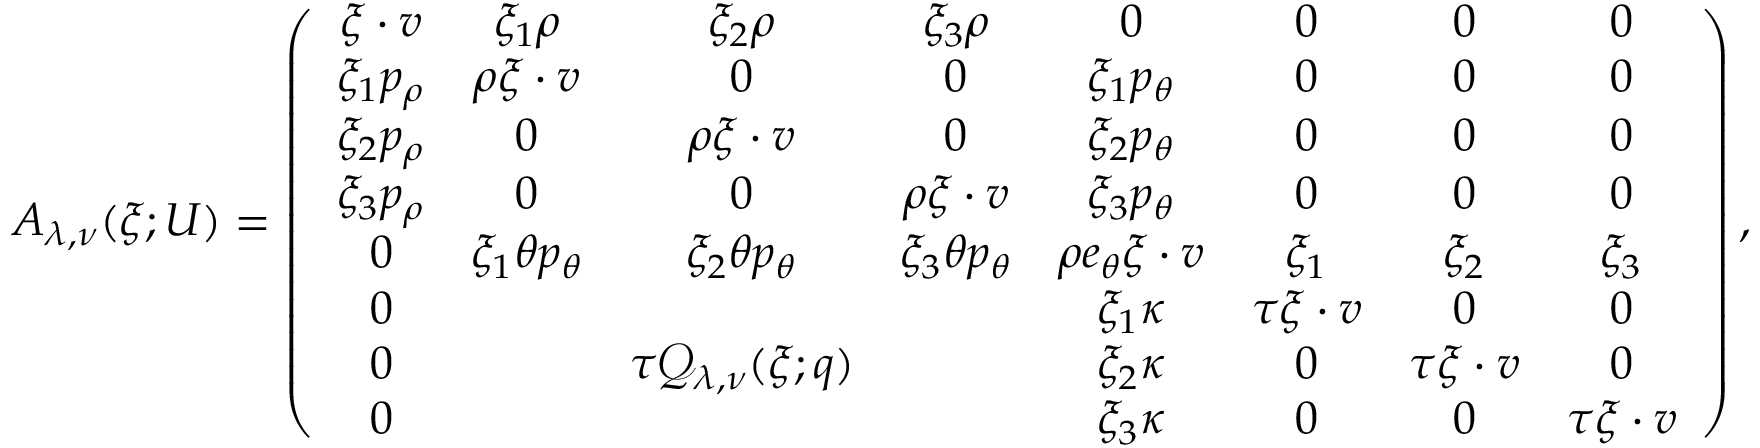
\begin{array} { r } { A _ { \lambda , \nu } ( \xi ; U ) = \left( \begin{array} { c c c c c c c c } { \xi \cdot v } & { \xi _ { 1 } \rho } & { \xi _ { 2 } \rho } & { \xi _ { 3 } \rho } & { 0 } & { 0 } & { 0 } & { 0 } \\ { \xi _ { 1 } p _ { \rho } } & { \rho \xi \cdot v } & { 0 } & { 0 } & { \xi _ { 1 } p _ { \theta } } & { 0 } & { 0 } & { 0 } \\ { \xi _ { 2 } p _ { \rho } } & { 0 } & { \rho \xi \cdot v } & { 0 } & { \xi _ { 2 } p _ { \theta } } & { 0 } & { 0 } & { 0 } \\ { \xi _ { 3 } p _ { \rho } } & { 0 } & { 0 } & { \rho \xi \cdot v } & { \xi _ { 3 } p _ { \theta } } & { 0 } & { 0 } & { 0 } \\ { 0 } & { \xi _ { 1 } \theta p _ { \theta } } & { \xi _ { 2 } \theta p _ { \theta } } & { \xi _ { 3 } \theta p _ { \theta } } & { \rho e _ { \theta } \xi \cdot v } & { \xi _ { 1 } } & { \xi _ { 2 } } & { \xi _ { 3 } } \\ { 0 } & & & & { \xi _ { 1 } \kappa } & { \tau \xi \cdot v } & { 0 } & { 0 } \\ { 0 } & & { \tau \mathcal { Q } _ { \lambda , \nu } ( \xi ; q ) } & & { \xi _ { 2 } \kappa } & { 0 } & { \tau \xi \cdot v } & { 0 } \\ { 0 } & & & & { \xi _ { 3 } \kappa } & { 0 } & { 0 } & { \tau \xi \cdot v } \end{array} \right) , } \end{array}